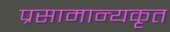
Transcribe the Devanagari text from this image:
प्रसामान्यकृत